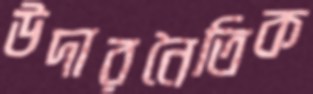
উদারনৈতিক